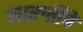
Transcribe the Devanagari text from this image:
मारुतींचे